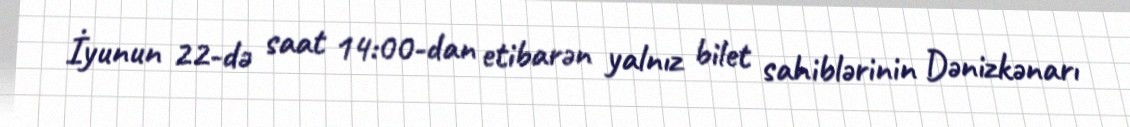
İyunun 22-də saat 14:00-dan etibarən yalnız bilet sahiblərinin Dənizkənarı